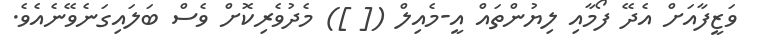
ވަޒީފާއަށް އެދޭ ފޯމާއި ލިޔުންތައް އީ-މެއިލް ([ ]) މެދުވެރިކޮށް ވެސް ބަލައިގަނެވޭނެއެވެ.